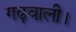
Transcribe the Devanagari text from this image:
गढ़वाली।